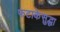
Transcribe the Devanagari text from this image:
फटाकेसुद्धा